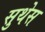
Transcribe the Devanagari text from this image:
सुथेस